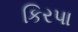
કિરપા